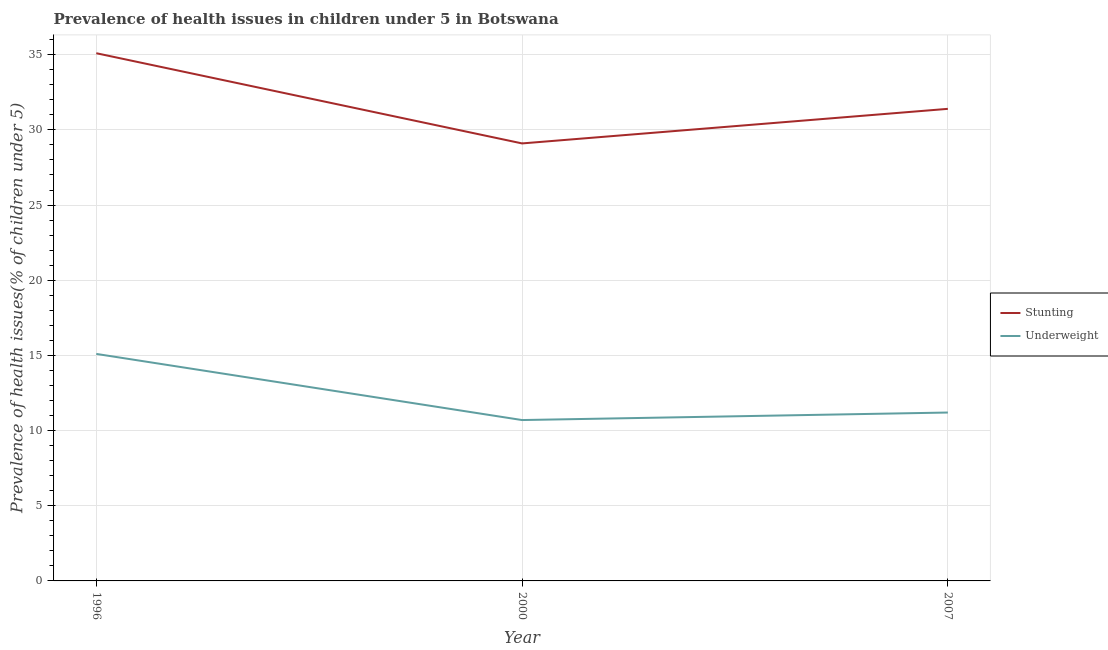
| Year | Stunting | Underweight |
 | --- | --- | --- |
 | 1996 | 35.1 | 15.1 |
 | 2000 | 29.1 | 10.7 |
 | 2007 | 31.4 | 11.2 |